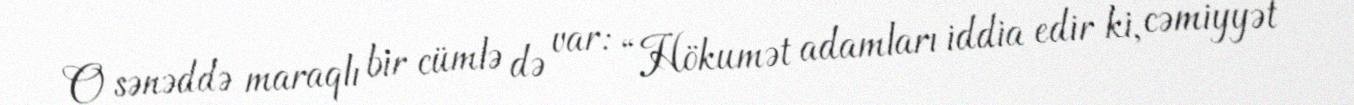
O sənəddə maraqlı bir cümlə də var: “Hökumət adamları iddia edir ki, cəmiyyət